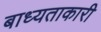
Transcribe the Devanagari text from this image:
बाध्यताकारी